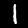
Digit: 1